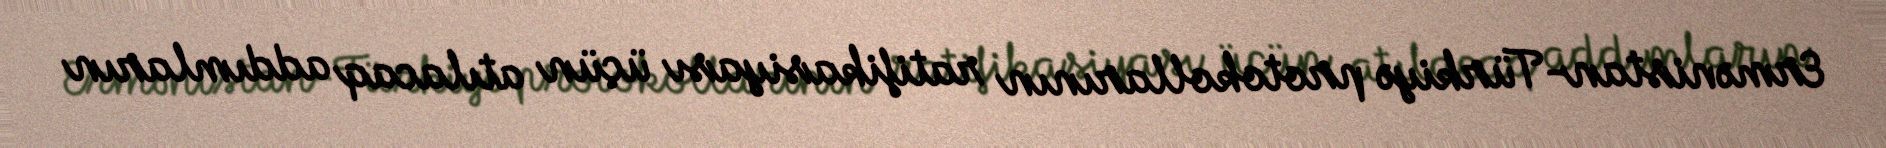
Ermənistan-Türkiyə protokollarının ratifikasiyası üçün atılacaq addımların